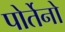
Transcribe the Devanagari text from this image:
पोर्तेनो